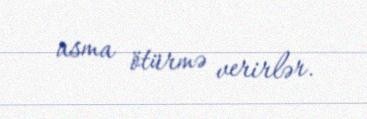
asma ötürmə verirlər.